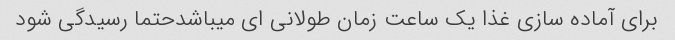
برای آماده سازی غذا یک ساعت زمان طولانی ای میباشدحتما رسیدگی شود